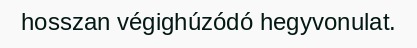
hosszan végighúzódó hegyvonulat.